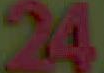
24